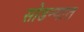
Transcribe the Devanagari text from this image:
सोडन्यात